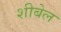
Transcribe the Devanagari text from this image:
शीबेल